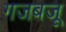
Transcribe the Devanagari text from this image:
गजबजू